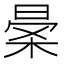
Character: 𣈎